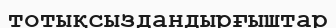
тотықсыздандырғыштар